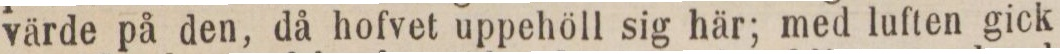
värde på den, då hofvet uppehöll sig här; med luften gick